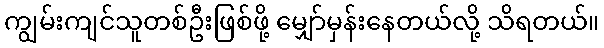
ကျွမ်းကျင်သူတစ်ဦးဖြစ်ဖို့ မျှော်မှန်းနေတယ်လို့ သိရတယ်။